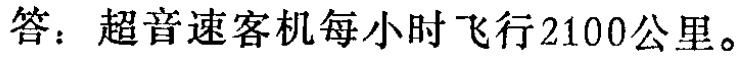
答：超音速客机每小时飞行2100公里。